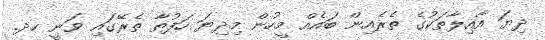
ދިޔަ އާއިލާތަކުގެ ތެރެއިން ބައެއް މީހުން މިދިޔަ ހަފުތާ ތެރޭގައި ވަނީ ހދ.